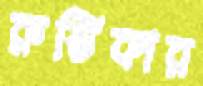
রুস্তিকার